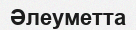
Әлеуметта